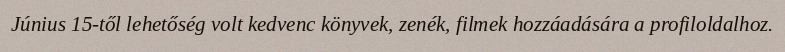
Június 15-től lehetőség volt kedvenc könyvek, zenék, filmek hozzáadására a profiloldalhoz.